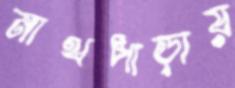
নাথপাড়ায়